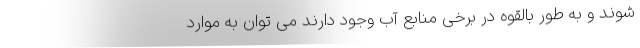
شوند و به طور بالقوه در برخی منابع آب وجود دارند می توان به موارد